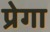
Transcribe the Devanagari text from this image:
प्रेगा